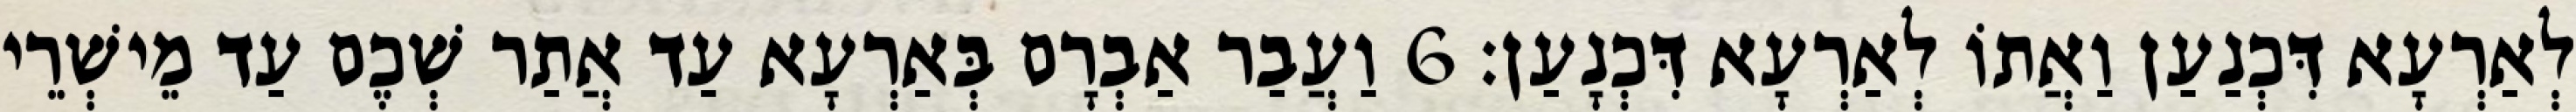
לְאַרְעָא דִּכְנַעַן וַאֲתוֹ לְאַרְעָא דִּכְנָעַן׃ 6 וַעֲבַר אַבְרָם בְּאַרְעָא עַד אֲתַר שְׁכֶם עַד מֵישְׁרֵי